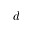
d